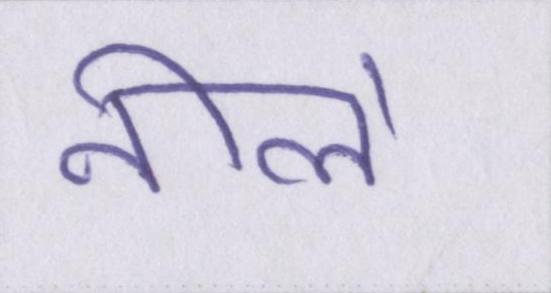
नीले